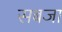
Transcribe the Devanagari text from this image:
सबजा